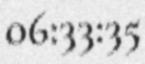
06:33:35